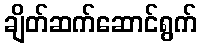
ချိတ်ဆက်ဆောင်ရွက်